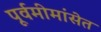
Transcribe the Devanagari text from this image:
पूर्वमीमांसेत